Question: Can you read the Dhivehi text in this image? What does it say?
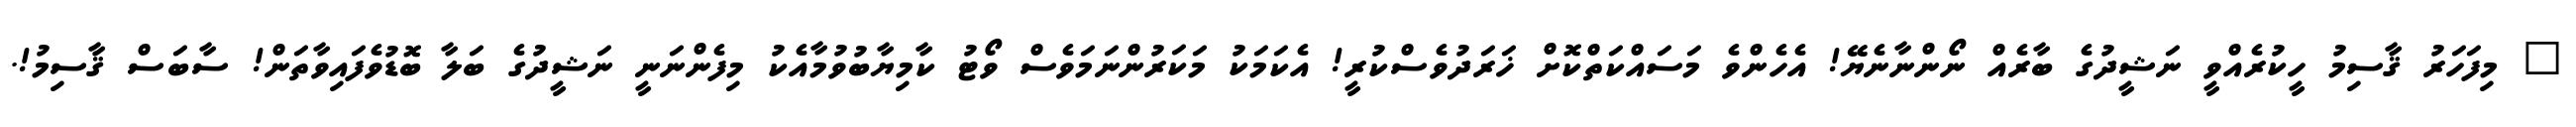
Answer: " މިފަހަރު ޤާސިމު ހީކުރެއްވީ ނަޝީދުގެ ބާރެއް ނޯންނާނެޔޭ! އެހެންވެ މަސައްކަތްކޮށް ޚަރަދުވެސްކުރީ! އެކަމަކު މަކަރުންނަމަވެސް ވޯޓު ކާމިޔާބުވުމާއެކު މިފެންނަނީ ނަޝީދުގެ ބަލާ ބޮޑުވެފައިވާތަން! ސާބަސް ޤާސިމު!.